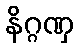
နိဂ္ဂဏှ